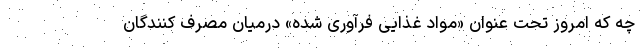
چه که امروز تحت عنوان «مواد غذایی فرآوری شده» درمیان مصرف کنندگان